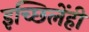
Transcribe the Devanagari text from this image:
इच्छिलेंही